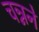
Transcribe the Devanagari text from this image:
चन्नने